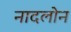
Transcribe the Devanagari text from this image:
नादलोन